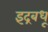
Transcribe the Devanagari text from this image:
इंद्रबधू